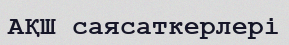
АҚШ саясаткерлері